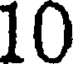
10